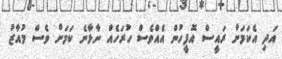
އަދި އެކަމަށް ރައީސް އޮފީހުން އެއްވެސް ހުރަހެއް ނާޅާނެ ކަމަށް ވެސް މުއާޒު